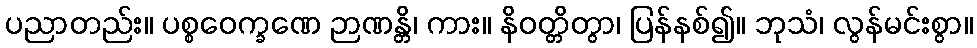
ပညာတည်း။ ပစ္စဝေက္ခဏေ ဉာဏန္တိ၊ ကား။ နိဝတ္တိတွာ၊ ပြန်နစ်၍။ ဘုသံ၊ လွန်မင်းစွာ။